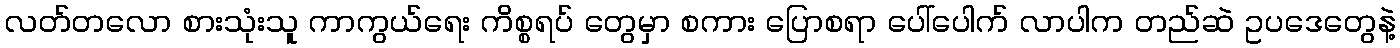
လတ်တလော စားသုံးသူ ကာကွယ်ရေး ကိစ္စရပ် တွေမှာ စကား ပြောစရာ ပေါ်ပေါက် လာပါက တည်ဆဲ ဥပဒေတွေနဲ့